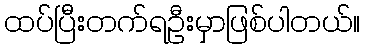
ထပ်ပြီးတက်ရဦးမှာဖြစ်ပါတယ်။